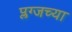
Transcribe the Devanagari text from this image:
प्लग्जच्या